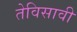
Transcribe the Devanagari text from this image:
तेविसावी